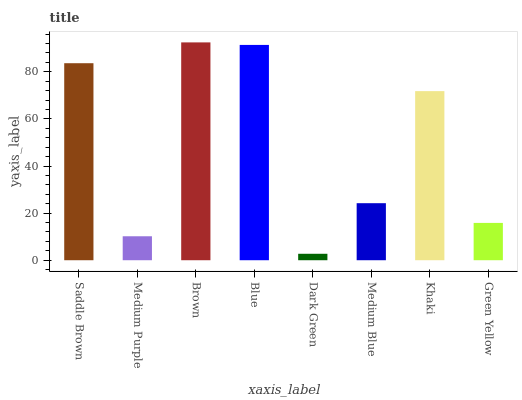
| xaxis_label | bars |
 | --- | --- |
 | Saddle Brown | 83.6 |
 | Medium Purple | 10.2 |
 | Brown | 92.5 |
 | Blue | 91.4 |
 | Dark Green | 2.74 |
 | Medium Blue | 24.2 |
 | Khaki | 71.8 |
 | Green Yellow | 15.8 |